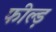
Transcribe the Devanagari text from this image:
फील्ड़